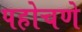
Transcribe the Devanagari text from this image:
पहोचणे